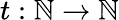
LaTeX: t:\mathbb{N}\to\mathbb{N}